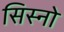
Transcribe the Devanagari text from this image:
सिस्नो